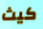
كيث